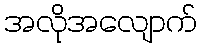
အလိုအလျောက်